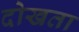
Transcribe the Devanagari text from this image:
दोखता